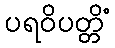
ပရဝိပတ္တိံ